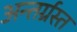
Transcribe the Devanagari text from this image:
अन्‍तर्ग्रस्‍त